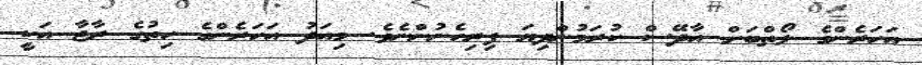
އަހަރެންގެ ލޯތްބަށް އާދޭސް ކުރަމުންދިޔަ ފިރިހެނުންނެވެ. މިއަދު އަހަރެންގެ ހިތުގެ ރާޖާ އަކީ